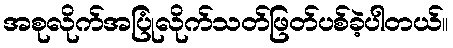
အစုလိုက်အပြုံလိုက်သတ်ဖြတ်ပစ်ခဲ့ပါတယ်။